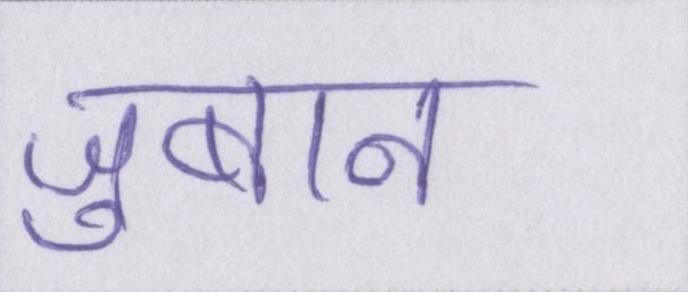
ज़ुबान